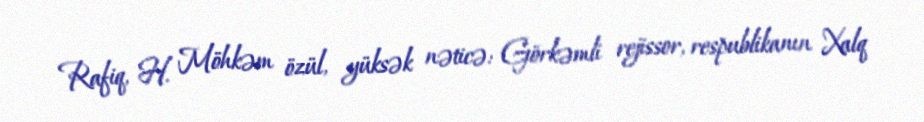
Rafiq, H. Möhkəm özül, yüksək nəticə: Görkəmli rejissor, respublikanın Xalq